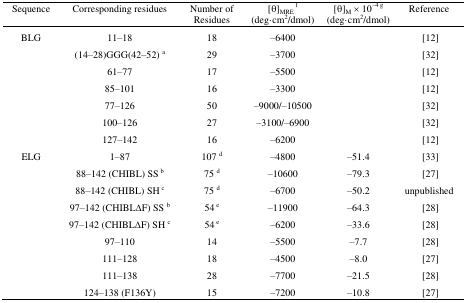
<table><thead><tr><td><b>Sequence </b></td><td><b>Corresponding residues </b></td><td><b>Number of Residues</b></td><td><b>[θ]<sub>MRE </sub><sup>f</sup> (deg·cm<sup>2</sup>/dmol)</b></td><td><b>[θ]<sub>M</sub> × 10<sup>–4 g</sup> (deg·cm<sup>2</sup>/dmol)</b></td><td><b>Reference </b></td></tr></thead><tbody><tr><td>BLG</td><td>11–18</td><td>18</td><td>–6400</td><td></td><td> [12]</td></tr><tr><td></td><td>(14–28)GGG(42–52) <sup>a</sup></td><td>29</td><td>–3700</td><td></td><td> [32]</td></tr><tr><td></td><td>61–77</td><td>17</td><td>–5500</td><td></td><td> [12]</td></tr><tr><td></td><td>85–101</td><td>16</td><td>–3300</td><td></td><td> [12]</td></tr><tr><td></td><td>77–126</td><td>50</td><td>–9000/–10500</td><td></td><td> [32]</td></tr><tr><td></td><td>100–126</td><td>27</td><td>–3100/–6900</td><td></td><td> [32]</td></tr><tr><td></td><td>127–142</td><td>16</td><td>–6200</td><td></td><td> [12]</td></tr><tr><td>ELG</td><td>1–87</td><td>107 <sup>d</sup></td><td>–4800</td><td>–51.4</td><td> [33]</td></tr><tr><td></td><td>88–142 (CHIBL) SS<sup> b</sup></td><td>75 <sup>d</sup></td><td>–10600</td><td>–79.3</td><td> [27]</td></tr><tr><td></td><td>88–142 (CHIBL) SH<sup> c</sup></td><td>75 <sup>d</sup></td><td>–6700</td><td>–50.2</td><td>unpublished</td></tr><tr><td></td><td>97–142 (CHIBLΔF) SS <sup>b</sup></td><td>54<sup> e</sup></td><td>–11900</td><td>–64.3</td><td> [28]</td></tr><tr><td></td><td>97–142 (CHIBLΔF) SH <sup>c</sup></td><td>54<sup> e</sup></td><td>–6200</td><td>–33.6</td><td> [28]</td></tr><tr><td></td><td>97–110</td><td>14</td><td>–5500</td><td>–7.7</td><td> [28]</td></tr><tr><td></td><td>111–128</td><td>18</td><td>–4500</td><td>–8.0</td><td> [27]</td></tr><tr><td></td><td>111–138</td><td>28</td><td>–7700</td><td>–21.5</td><td> [28]</td></tr><tr><td></td><td>124–138 (F136Y)</td><td>15</td><td>–7200</td><td>–10.8</td><td> [27]</td></tr></tbody></table>